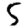
Digit: 5